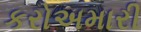
કરોઅમારી